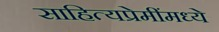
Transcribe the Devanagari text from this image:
साहित्यप्रेमींमध्ये